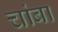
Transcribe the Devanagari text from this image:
चांबा